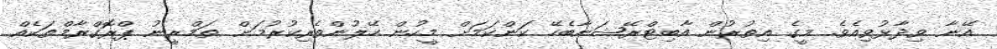
އޭނާ ވިދާޅުވިއެވެ. މީގެ އިތުރުން އާބިޓްރޭޝަނާބެހޭ ކަންކަމަށް މީހުން ހޭލުންތެރިކުރުމަށް ތަމްރީނު ޕްރޮގްރާމްތަކެއް